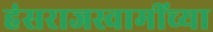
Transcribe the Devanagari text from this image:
हंसराजस्वामींच्या